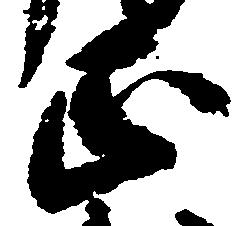
正